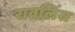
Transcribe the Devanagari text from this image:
रावलिंस